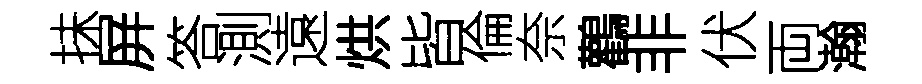
抺屏答測遠烘皆倫奈鸛非伏両瀚